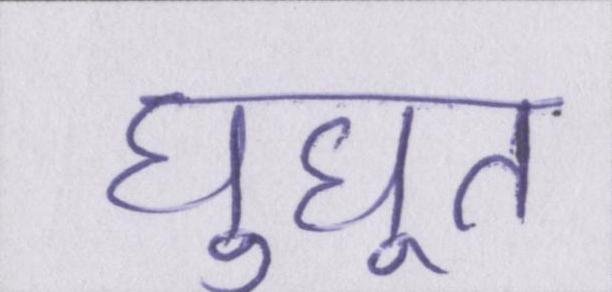
घुघूत